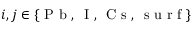
i , j \in \{ \textrm { P b } , \, \textrm { I } , \, \textrm { C s } , \, \textrm { s u r f } \}